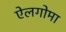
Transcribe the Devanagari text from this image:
ऐलगोमा